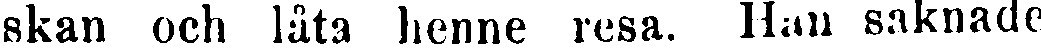
skan och låta henne resa. Han saknade